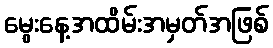
မွေးနေ့အထိမ်းအမှတ်အဖြစ်